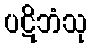
ပဋိဘံသု